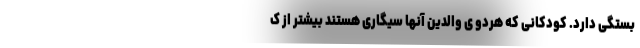
بستگی دارد. کودکانی که هردو ی والدین آنها سیگاری هستند بیشتر از ک